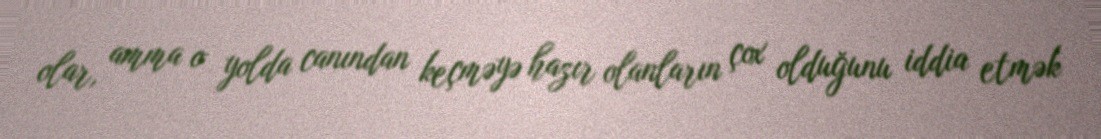
olar, amma o yolda canından keçməyə hazır olanların çox olduğunu iddia etmək